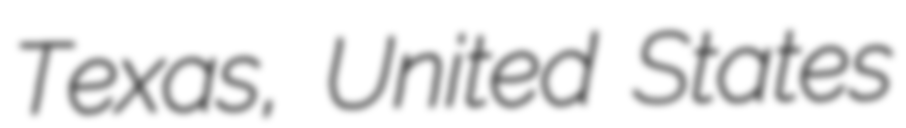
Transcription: Texas, United States